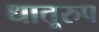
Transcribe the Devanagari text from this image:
धातूरुप